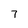
Character: 7